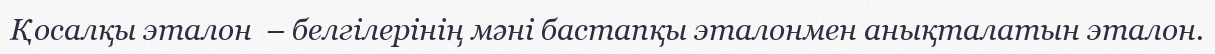
Қосалқы эталон  – белгілерінің мәні бастапқы эталонмен анықталатын эталон.